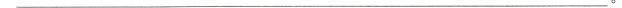
___。